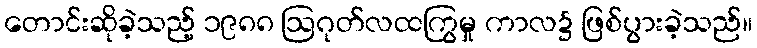
တောင်းဆိုခဲ့သည့် ၁၉၈၈ ဩဂုတ်လထကြွမှု ကာလ၌ ဖြစ်ပွားခဲ့သည်။